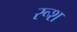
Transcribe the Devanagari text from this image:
रूश